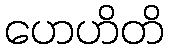
ဟေဟိတိ